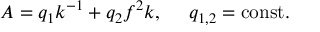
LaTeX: A = q _ { 1 } k ^ { - 1 } + q _ { 2 } f ^ { 2 } k , \ \ \ \ q _ { 1 , 2 } = \mathrm { c o n s t } .